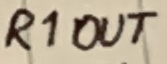
Text: R1OUT